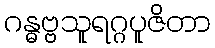
ဂန္ဓဗ္ဗသူရဂ္ဂပူဇိတာ